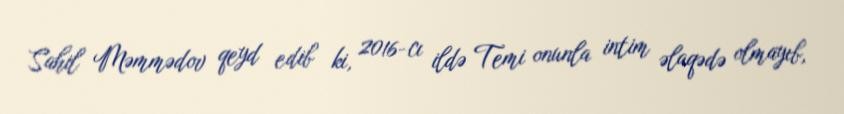
Sahil Məmmədov qeyd edib ki, 2016-cı ildə Temi onunla intim əlaqədə olmayıb,